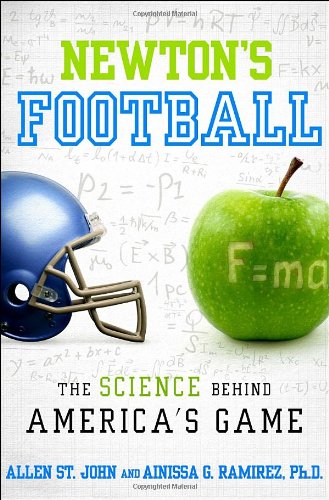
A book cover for Newton's Football: The Science Behind America's Game; Allen St. John; Science & Math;